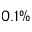
0 . 1 \%